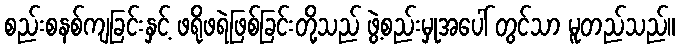
စည်းစနစ်ကျခြင်းနှင့် ဖရိုဖရဲဖြစ်ခြင်းတို့သည် ဖွဲ့စည်းမှုအပေါ် တွင်သာ မူတည်သည်။